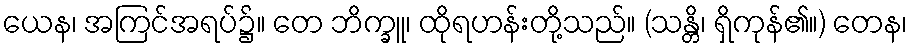
ယေန၊ အကြင်အရပ်၌။ တေ ဘိက္ခူ၊ ထိုရဟန်းတို့သည်။ (သန္တိ၊ ရှိကုန်၏။) တေန၊